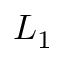
L _ { 1 }